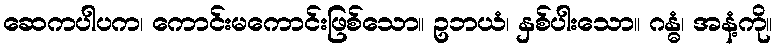
ဆေကပါပက၊ ကောင်းမကောင်းဖြစ်သော။ ဥဘယံ၊ နှစ်ပါးသော။ ဂန္ဓံ၊ အနံ့ကို။